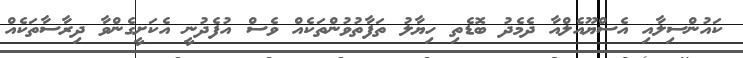
ކައުންސިލާއި އެސްޔޫއެލްއާ ދެމެދު ބޮޑެތި ހިޔާލު ތަފާތުވުންތަކެއް ވެސް އުފެދުނީ އެކަށީގެންވާ ދިރާސާތަކެއް